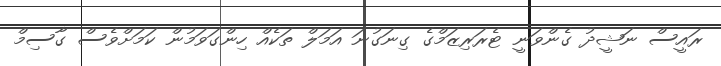
ރައީސް ނަޝީދު ގެންވަނީ ޓެރަރިޒަމްގެ ގިނަގުނަ އަމަލް ތަކެއް ހިންގަވަމުން ކަމަށްވެސް ގާސިމް